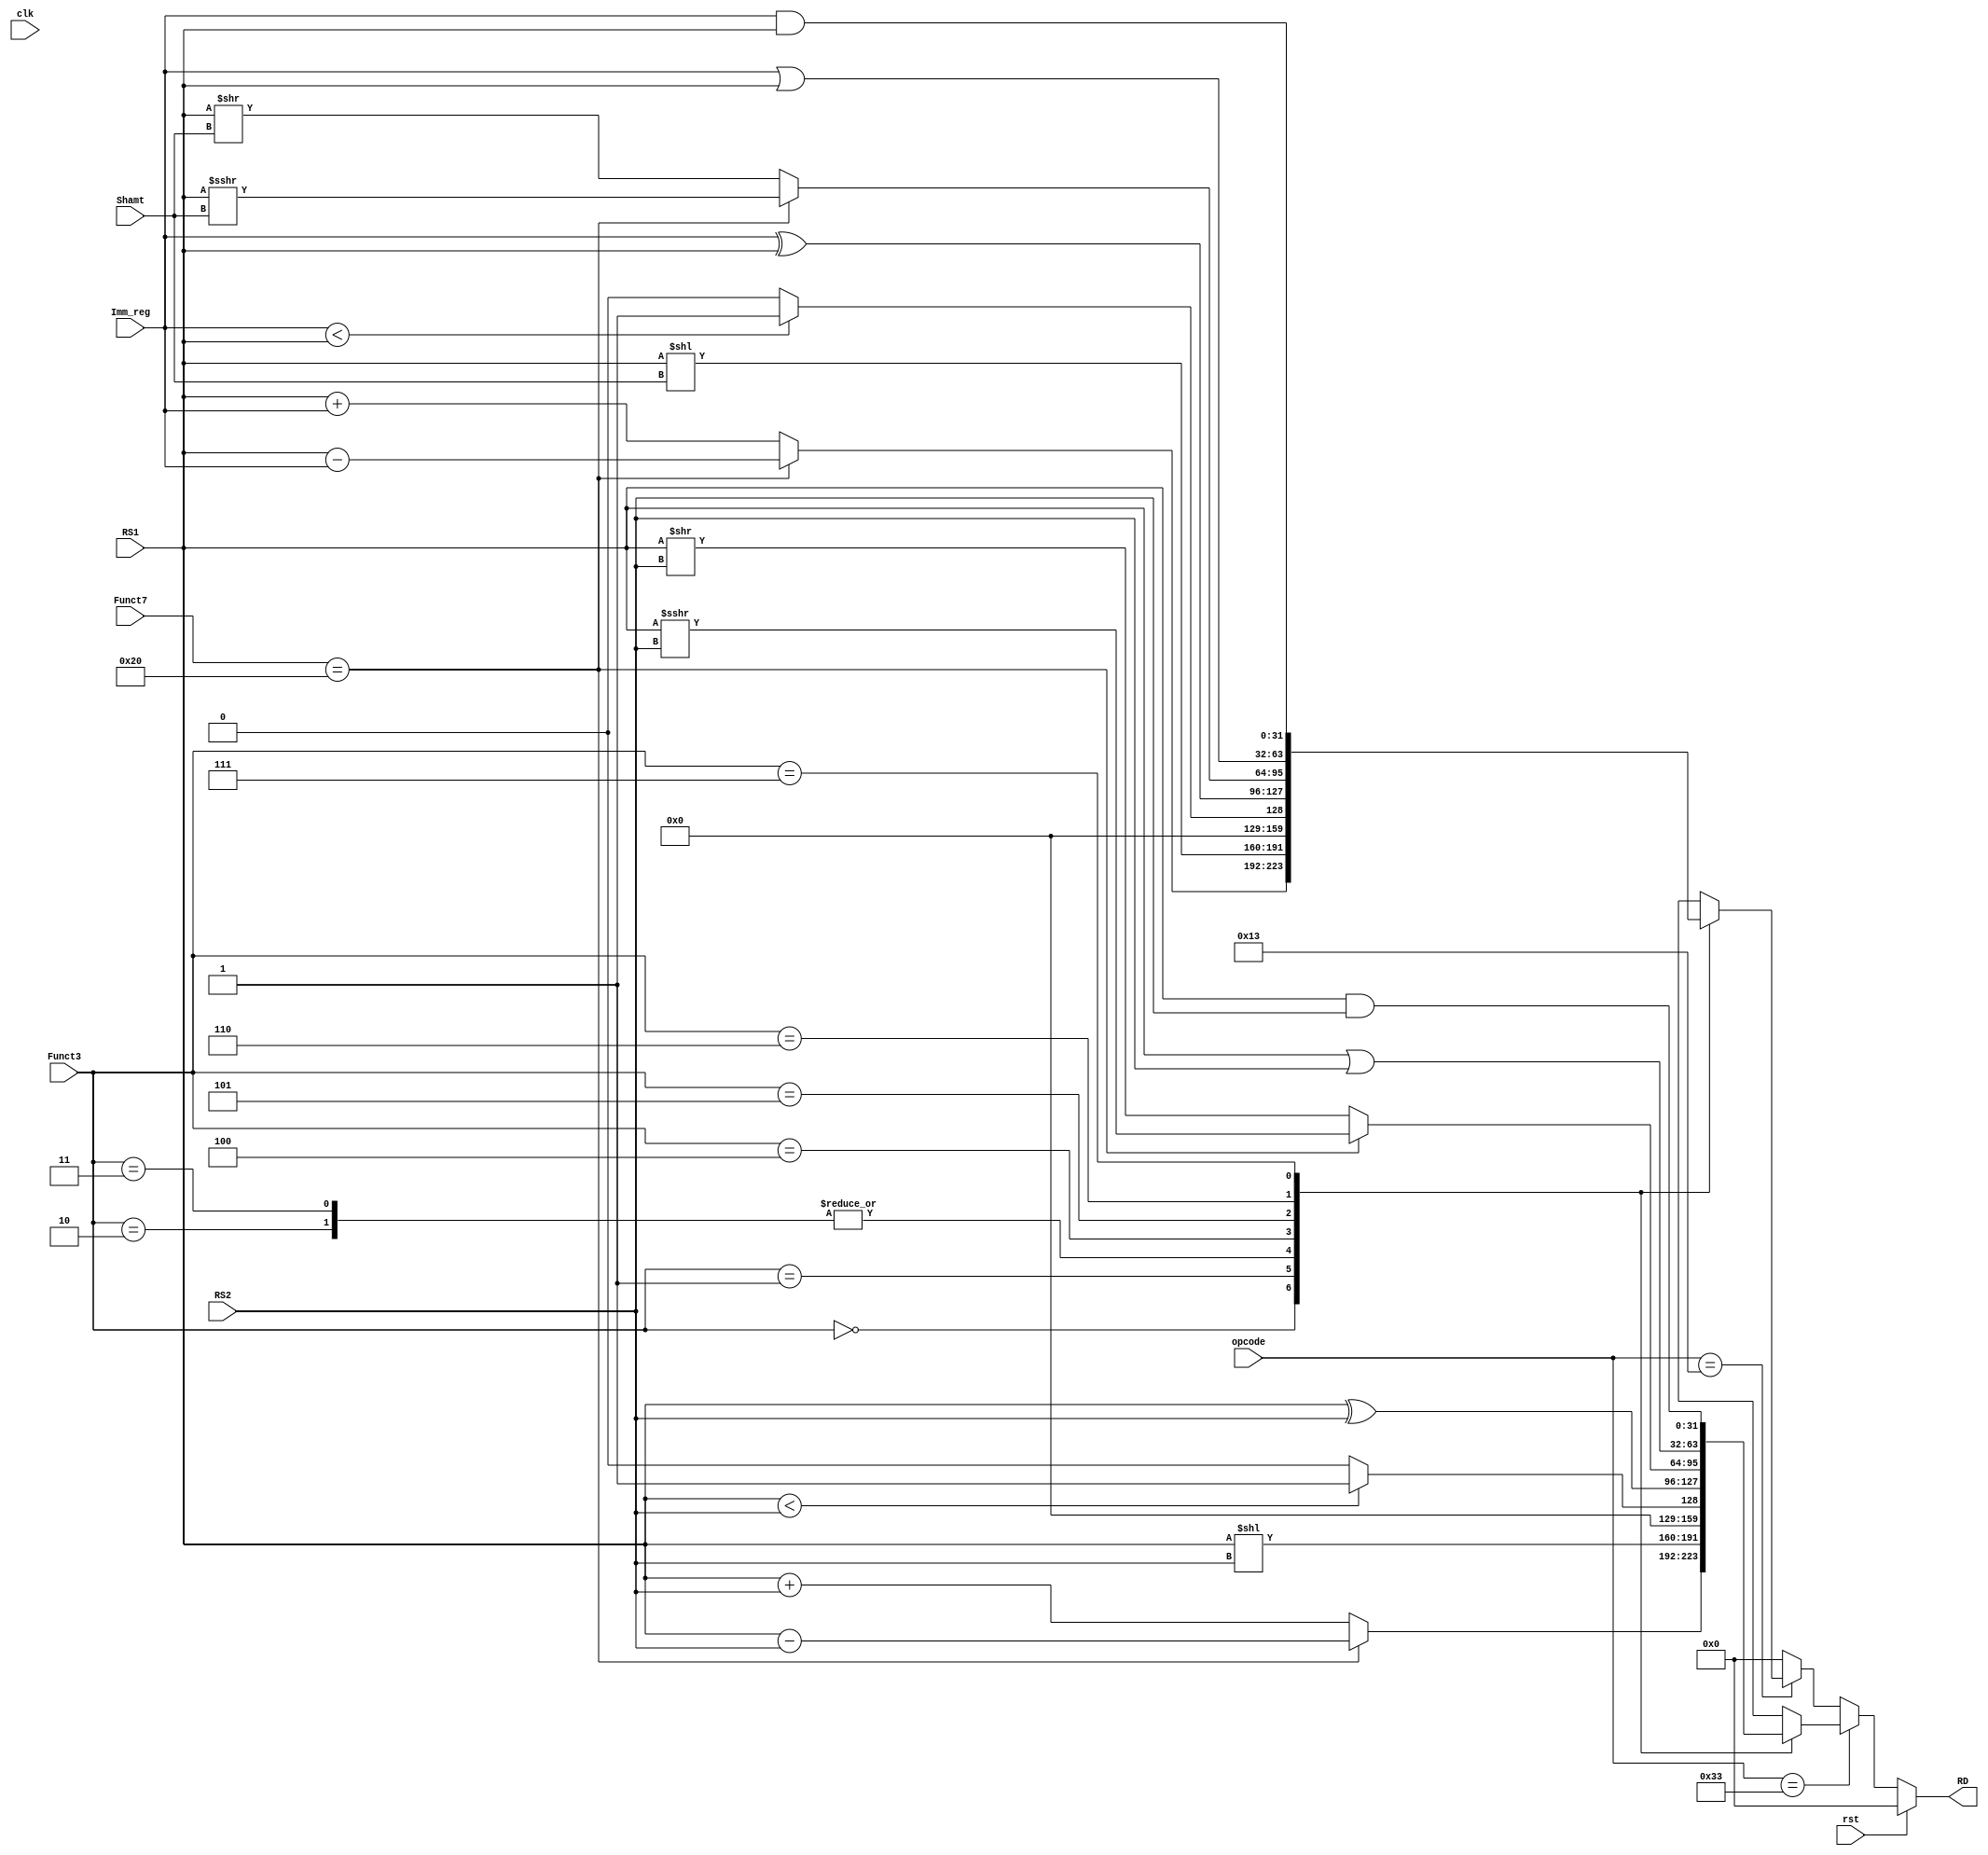
`timescale 1ns / 1ps

module alu_top#(parameter WIDTH = 32)
(
    input clk,
    input rst,
    input signed[WIDTH-1:0] RS1,
    input signed[WIDTH-1:0] RS2,
    input[2:0] Funct3,
    input[6:0] Funct7,
    input[6:0] opcode,
    input[11:0] Imm_reg,
    input[4:0] Shamt,
    output [WIDTH-1:0] RD

);

    localparam ADD = 0, SLL = 1, SLT = 2, SLTU = 3, XOR = 4, SRL = 5, OR = 6, AND = 7, NOP = 8; 

    reg[WIDTH-1:0] temp_RD;
    
    always@(*)begin  
        if(rst)
            temp_RD <= 0;
        
        // Register Operations
        else if(opcode == 7'b0110011)begin
            case(Funct3)
                ADD:  temp_RD <=(Funct7 == 7'h20) ? RS1 - RS2 : RS1 + RS2; //Add SUB based on Funct7
                SLL:  temp_RD <= RS1 << RS2;
                SLT:  temp_RD <= (RS1 < RS2) ? 1'b1:1'b0;
                SLTU: temp_RD <= (RS1 < RS2) ? 1'b1:1'b0;
                XOR:  temp_RD <= RS1 ^ RS2; 
                SRL:  temp_RD <= (Funct7 == 7'h20) ? RS1 >>> RS2 : RS1 >> RS2;
                OR:   temp_RD <= RS1 | RS2;
                AND:  temp_RD <= RS1 & RS2;
                default: temp_RD <= temp_RD;
            endcase
        end
        
        // Immediate Operations
        else if(opcode == 7'b0010011) begin
            case(Funct3)
                ADD:  temp_RD <= (Funct7 == 7'h20) ? RS1 - Imm_reg : RS1 + Imm_reg; //Add SUB based on Funct7
                SLL:  temp_RD <= RS1 << Shamt;
                SLT:  temp_RD <= (Imm_reg < RS1) ? 1'b1:1'b0;
                SLTU: temp_RD <= (Imm_reg < RS1) ? 1'b1:1'b0;
                XOR:  temp_RD <= Imm_reg ^ RS1; 
                SRL:  temp_RD <= (Funct7 == 7'h20) ? RS1 >>> Shamt : RS1 >> Shamt;
                OR:   temp_RD <= Imm_reg | RS1;
                AND:  temp_RD <= Imm_reg & RS1;
                default: temp_RD <= temp_RD;
            endcase
        end
        
        else
            temp_RD <= 0;
    end

    assign RD = temp_RD;
    
endmodule